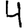
Digit: 4